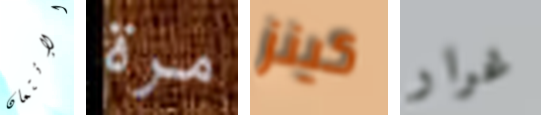
الإئتمان مرة كينز غرار